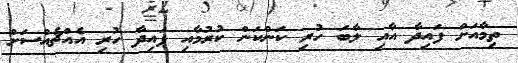
ތިމާއަށް ފައިދާ އާއި ލާބަ ހުރި ކަންކަން ކުރުމާއި ފައިދާ ހުރި އެއްޗެއްސަށް